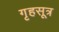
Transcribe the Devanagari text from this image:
गृहसूत्र